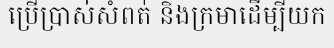
ប្រើប្រាស់សំពត់ និងក្រមាដើម្បីយក